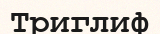
Триглиф